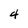
Character: 4